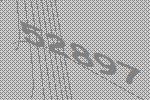
52897